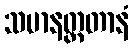
သမာနတ္တတာနံ